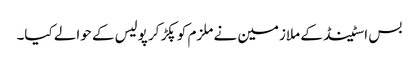
بس اسٹینڈ کے ملازمین نے ملزم کو پکڑ کر پولیس کے حوالے کیا۔